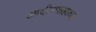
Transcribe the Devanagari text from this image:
आदीलशहाच्या